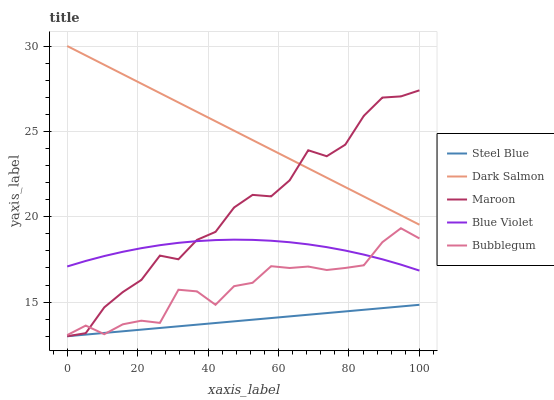
| xaxis_label | Steel Blue | Dark Salmon | Maroon | Blue Violet | Bubblegum |
 | --- | --- | --- | --- | --- | --- |
 | 0 | 13 | 30 | 13 | 17.1 | 13.1 |
 | 5.26 | 13.1 | 29.4 | 13.2 | 17.4 | 13.6 |
 | 10.5 | 13.2 | 28.9 | 14.7 | 17.7 | 13.1 |
 | 15.8 | 13.3 | 28.3 | 15.6 | 17.9 | 13.7 |
 | 21.1 | 13.4 | 27.8 | 16.3 | 18.2 | 13.9 |
 | 26.3 | 13.5 | 27.2 | 17.7 | 18.3 | 13.8 |
 | 31.6 | 13.6 | 26.7 | 17.5 | 18.5 | 15.7 |
 | 36.8 | 13.7 | 26.1 | 18.6 | 18.6 | 15.6 |
 | 42.1 | 13.8 | 25.6 | 19.1 | 18.6 | 14.8 |
 | 47.4 | 13.9 | 25 | 20.5 | 18.7 | 15.9 |
 | 52.6 | 14 | 24.5 | 21.3 | 18.6 | 16.1 |
 | 57.9 | 14.1 | 23.9 | 21.2 | 18.6 | 17.1 |
 | 63.2 | 14.2 | 23.4 | 22.1 | 18.5 | 17 |
 | 68.4 | 14.3 | 22.8 | 23.9 | 18.4 | 17.1 |
 | 73.7 | 14.4 | 22.3 | 23.5 | 18.2 | 16.9 |
 | 78.9 | 14.5 | 21.7 | 24.2 | 18 | 17 |
 | 84.2 | 14.6 | 21.2 | 25.9 | 17.8 | 17.2 |
 | 89.5 | 14.6 | 20.6 | 27 | 17.5 | 18.5 |
 | 94.7 | 14.7 | 20.1 | 27 | 17.2 | 19.3 |
 | 100 | 14.8 | 19.5 | 27.4 | 16.8 | 18.7 |